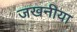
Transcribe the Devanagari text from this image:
जखनीया